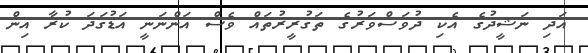
އަދި ނަޝީދުގެ އެކި ދުވަސްވަރުގެ ތަގުރީރުތައް ވެސް އަންނަނީ އަޑުގަދަ ކުރާ އިން